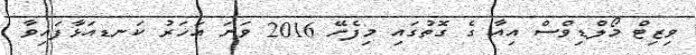
ވިޒިޓް މޯލްޑިވްސް އިއާ ގެ ގޮތުގައި މިފެށޭ 2016 ވަނަ އަހަރު ކަނޑއަޅާފައިވާ